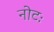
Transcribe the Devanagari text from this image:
नोटः